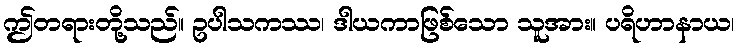
ဤတရားတို့သည်။ ဥပါသကဿ၊ ဒါယကာဖြစ်သော သူအား။ ပရိဟာနာယ၊